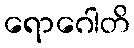
ရောဂေါတိ